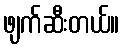
ဖျက်ဆီးတယ်။